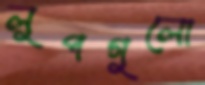
লুপগুলো